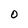
Character: 0